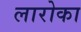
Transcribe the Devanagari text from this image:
लारोका